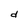
Character: d